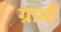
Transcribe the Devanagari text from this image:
ग्राभों